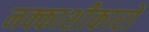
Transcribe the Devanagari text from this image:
नक्काशीकारों